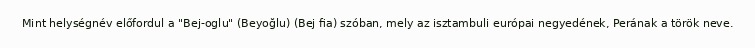
Mint helységnév előfordul a "Bej-oglu" (Beyoğlu) (Bej fia) szóban, mely az isztambuli európai negyedének, Perának a török neve.